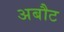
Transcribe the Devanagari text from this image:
अबौट